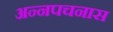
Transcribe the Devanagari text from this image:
अन्नपचनास